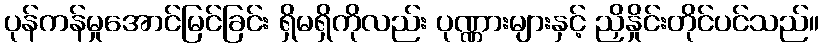
ပုန်ကန်မှုအောင်မြင်ခြင်း ရှိမရှိကိုလည်း ပုဏ္ဏားများနှင့် ညှိနှိုင်းတိုင်ပင်သည်။